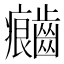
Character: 𲎦